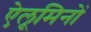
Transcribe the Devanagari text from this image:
ऐलूमिनों